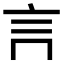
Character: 𧥛